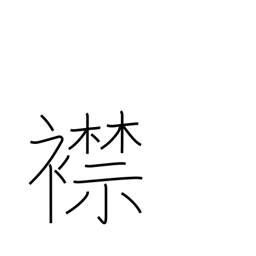
Meaning: one's inner feelings